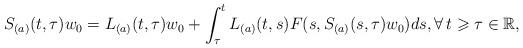
LaTeX: \begin{align*}S_{(a)}(t,\tau)w_0 = L_{(a)}(t,\tau)w_0 + \int_\tau^t L_{(a)}(t,s)F(s,S_{(a)}(s,\tau)w_0) ds,\forall \, t \geqslant \tau \in \mathbb{R},\end{align*}